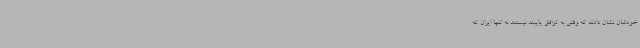
خودشان نشان دادند که وقتی به توافق پایبند نیستند نه تنها ایران که